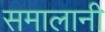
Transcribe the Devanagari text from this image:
समालानी